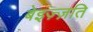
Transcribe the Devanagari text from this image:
बेइज़्ज़ति